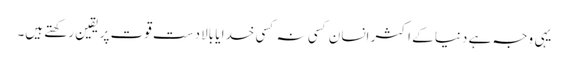
یہی وجہ ہے دنیا کے اکثر انسان کسی نہ کسی خدا یا بالادست قوت پر یقین رکھتے ہیں۔